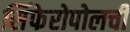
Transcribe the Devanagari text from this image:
सिंफेरोपोलची